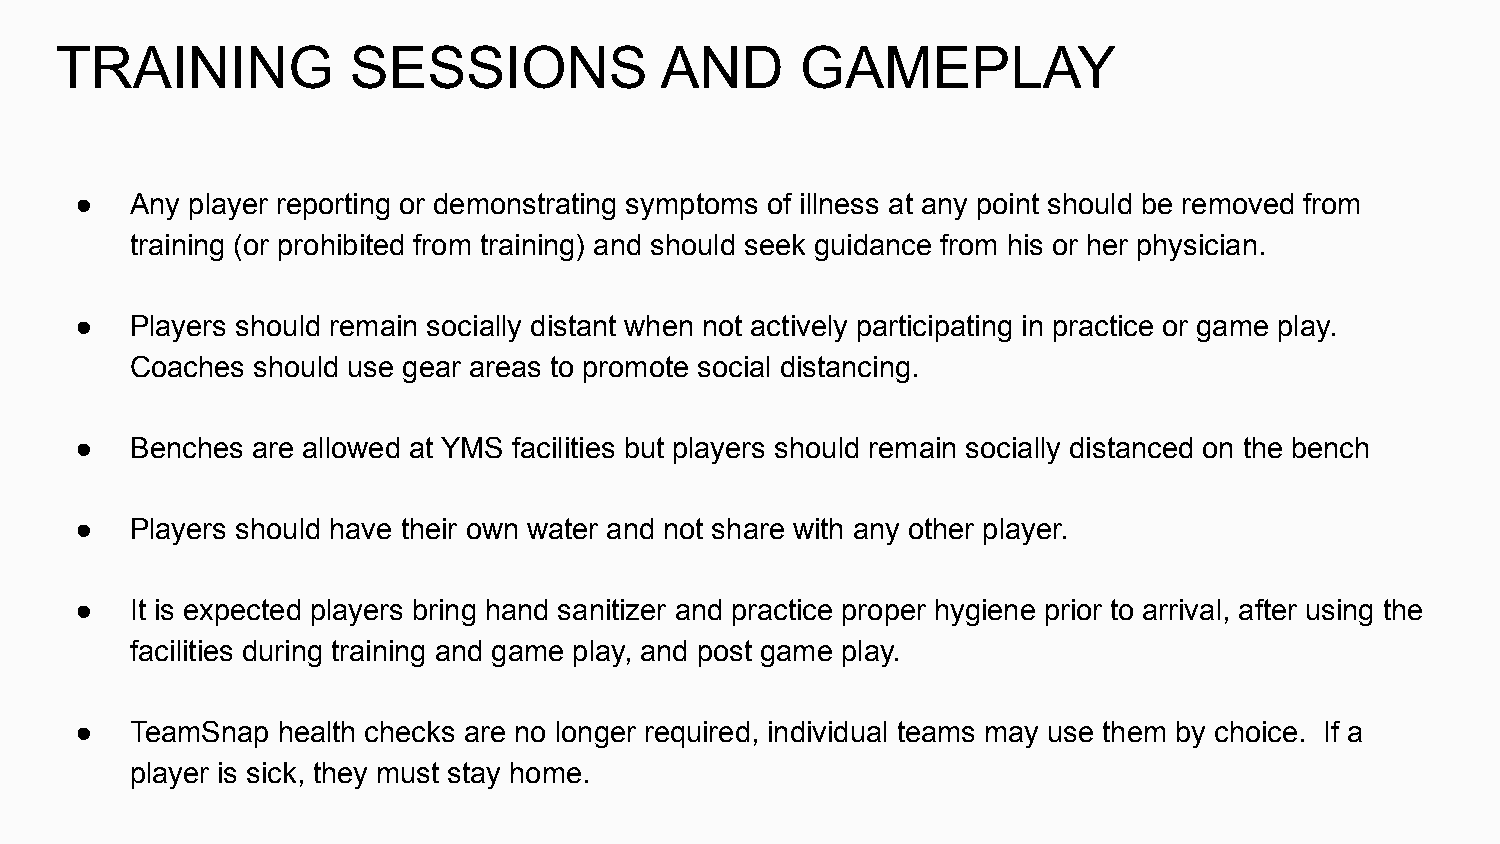
TRAINING           SESSIONS             AND      GAMEPLAY
 ●   Any player reporting or demonstrating symptoms of illness at any point should be removed from
 training (or prohibited from training) and should seek guidance from his or her physician.
 ●   Players should remain socially distant when not actively participating in practice or game play.
 Coaches should use gear areas to promote social distancing.
 ●   Benches are allowed at YMS facilities but players should remain socially distanced on the bench
 ●   Players should have their own water and not share with any other player.
 ●   It is expected players bring hand sanitizer and practice proper hygiene prior to arrival, after using the
 facilities during training and game play, and post game play.
 ●   TeamSnap health checks are no longer required, individual teams may use them by choice. If a
 player is sick, they must stay home.